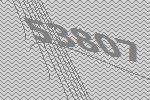
53807